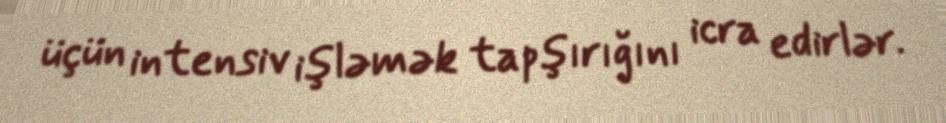
üçün intensiv işləmək tapşırığını icra edirlər.